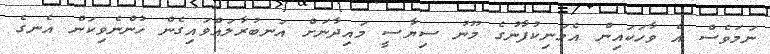
ނަމަވެސް އެ ވާހަކައިން އެމަނިކުފާނުގެ މޫނު ސިޔާސީ މައިދާނަށް އަނބުރާލައްވައިގެން ހުންނެވިކަން އެނގެ